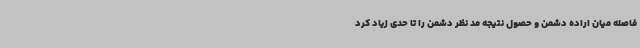
فاصله میان اراده دشمن و حصول نتیجه مد نظر دشمن را تا حدی زیاد کرد